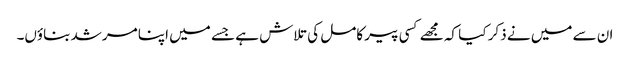
ان سے میں نے ذکر کیا کہ مجھے کسی پیر کامل کی تلاش ہے جسے میں اپنا مرشد بناؤں۔